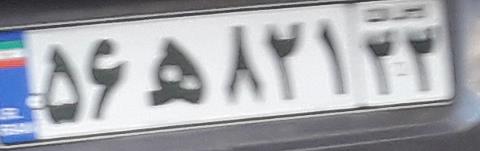
۵۶ه۸۲۱۲۲